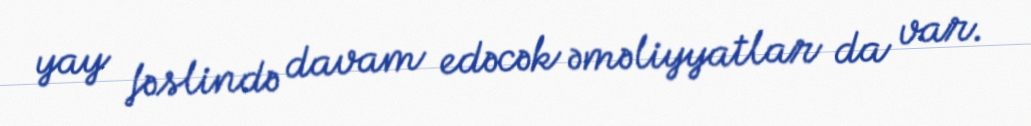
yay fəslində davam edəcək əməliyyatlar da var.